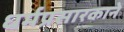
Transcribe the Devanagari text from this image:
धर्मप्रसारकाने